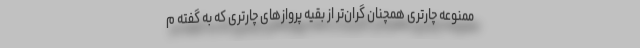
ممنوعه چارتری همچنان گران‌تر از بقیه پروازهای چارتری که به گفته م